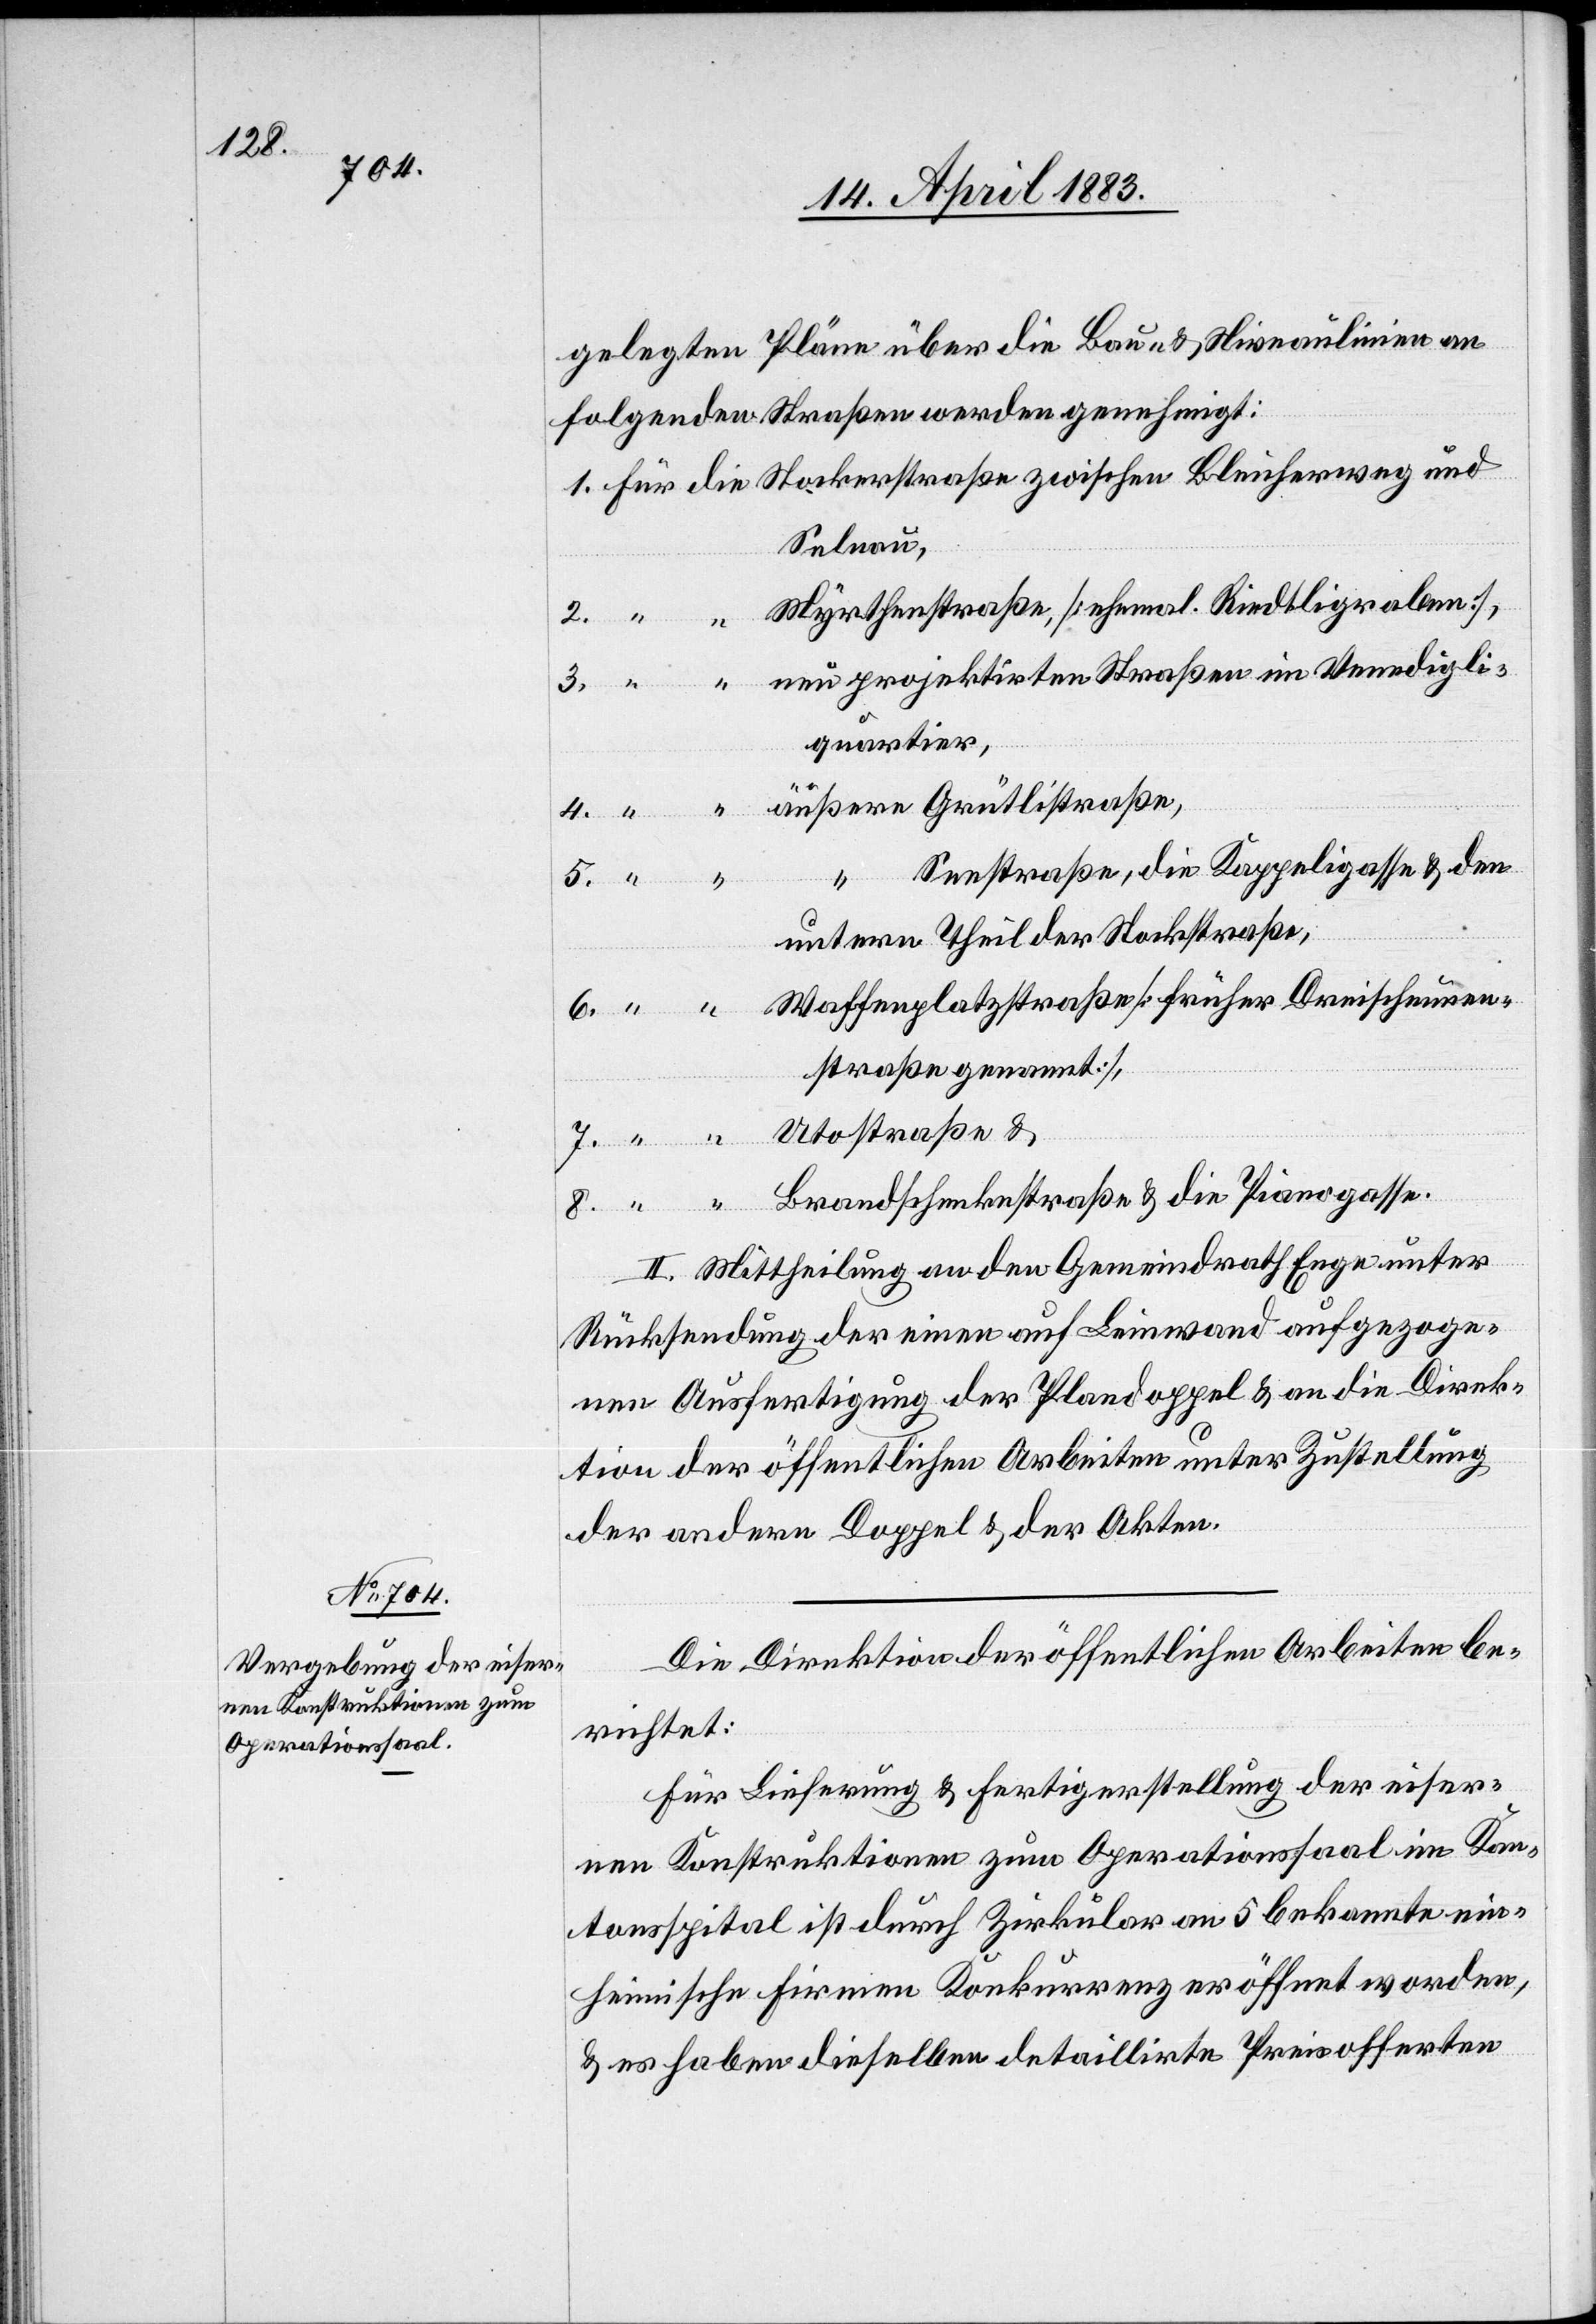
gelegten Pläne über die Bau- & Niveaulinien an
folgenden Straßen werden genehmigt:
1. Für die Stockerstraße zwischen Bleicherweg und
Selnau,
“ Myrthenstraße [ehemaliger Riedtligraben],
3. “ “ neu projektirten Straßen im Venedigli¬
quartier,
4. “ “ äußere Grütlistraße,
Seestraße, die Kappeigasse & den
5. “
untern Theil der Stockgasse,
6. “ “ Waffenplatzstraße [früher Dreischeunen¬
staße genannt],
7. “ “ Utostraße, und
8. “ “ Brandschenkenstraße & die Pianogasse.
II. Mittheilung an den Gemeindrath Enge unter
Rücksendung der einen auf Leinwand aufgezoge¬
nen Ausfertigung der Plandoppel & an die Direk¬
tion der öffentlichen Arbeiten unter Zustellung
der andern Doppel & der Akten.
Die Direktion der öffentlichen Arbeiten be¬
richtet:
Für Lieferung & Fertigerstellung der eiser¬
nen Konstruktionen zum Operationssaal im Kan¬
tonsspital ist durch Zirkular an 5 bekannte ein¬
heimische Firmen Konkurrenz eröffnet worden,
& es haben dieselben detaillirte Preisofferten